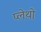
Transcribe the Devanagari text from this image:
प्लेथो